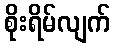
စိုးရိမ်လျက်